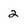
Character: 2